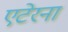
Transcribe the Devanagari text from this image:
एटेरना